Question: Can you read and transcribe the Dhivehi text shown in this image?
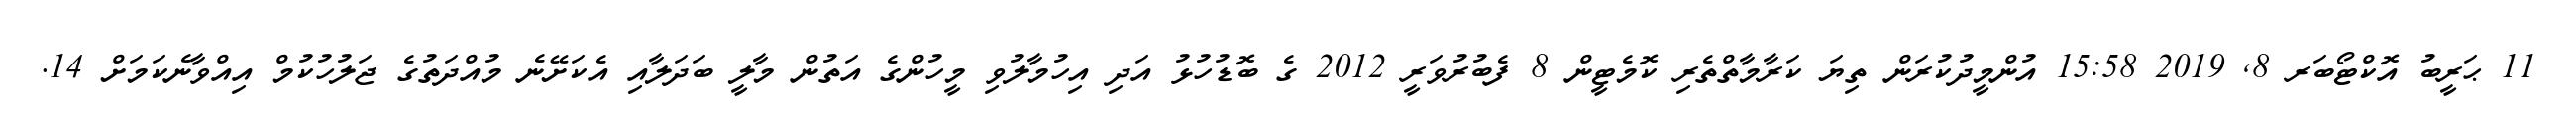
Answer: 11 ޙަރީބު އޮކްޓޯބަރ 8, 2019 15:58 އުންމީދުކުރަން ތިޔަ ކަރާމާތްތެރި ކޮމެޓީން 8 ފެބުރުވަރީ 2012 ގެ ބޮޑުހުޅު އަދި އިހުމާލުވި މީހުންގެ އަތުން މާލީ ބަދަލާއި އެކަށޭނެ މުއްދަތުގެ ޖަލުހުކުމް އިއްވާނެކަމަށް 14.